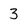
Character: 3